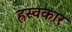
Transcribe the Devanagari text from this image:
ह्रस्वकार